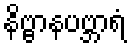
နိဗ္ဗာနပဗ္ဘာရံ